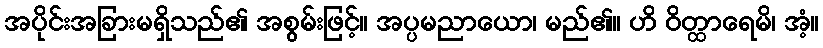
အပိုင်းအခြားမရှိသည်၏ အစွမ်းဖြင့်။ အပ္ပမညာယော၊ မည်၏။ ဟိ ဝိတ္ထာရေမိ၊ အံ့။